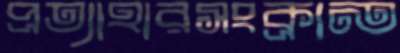
প্রত্যাহারসংক্রান্ত